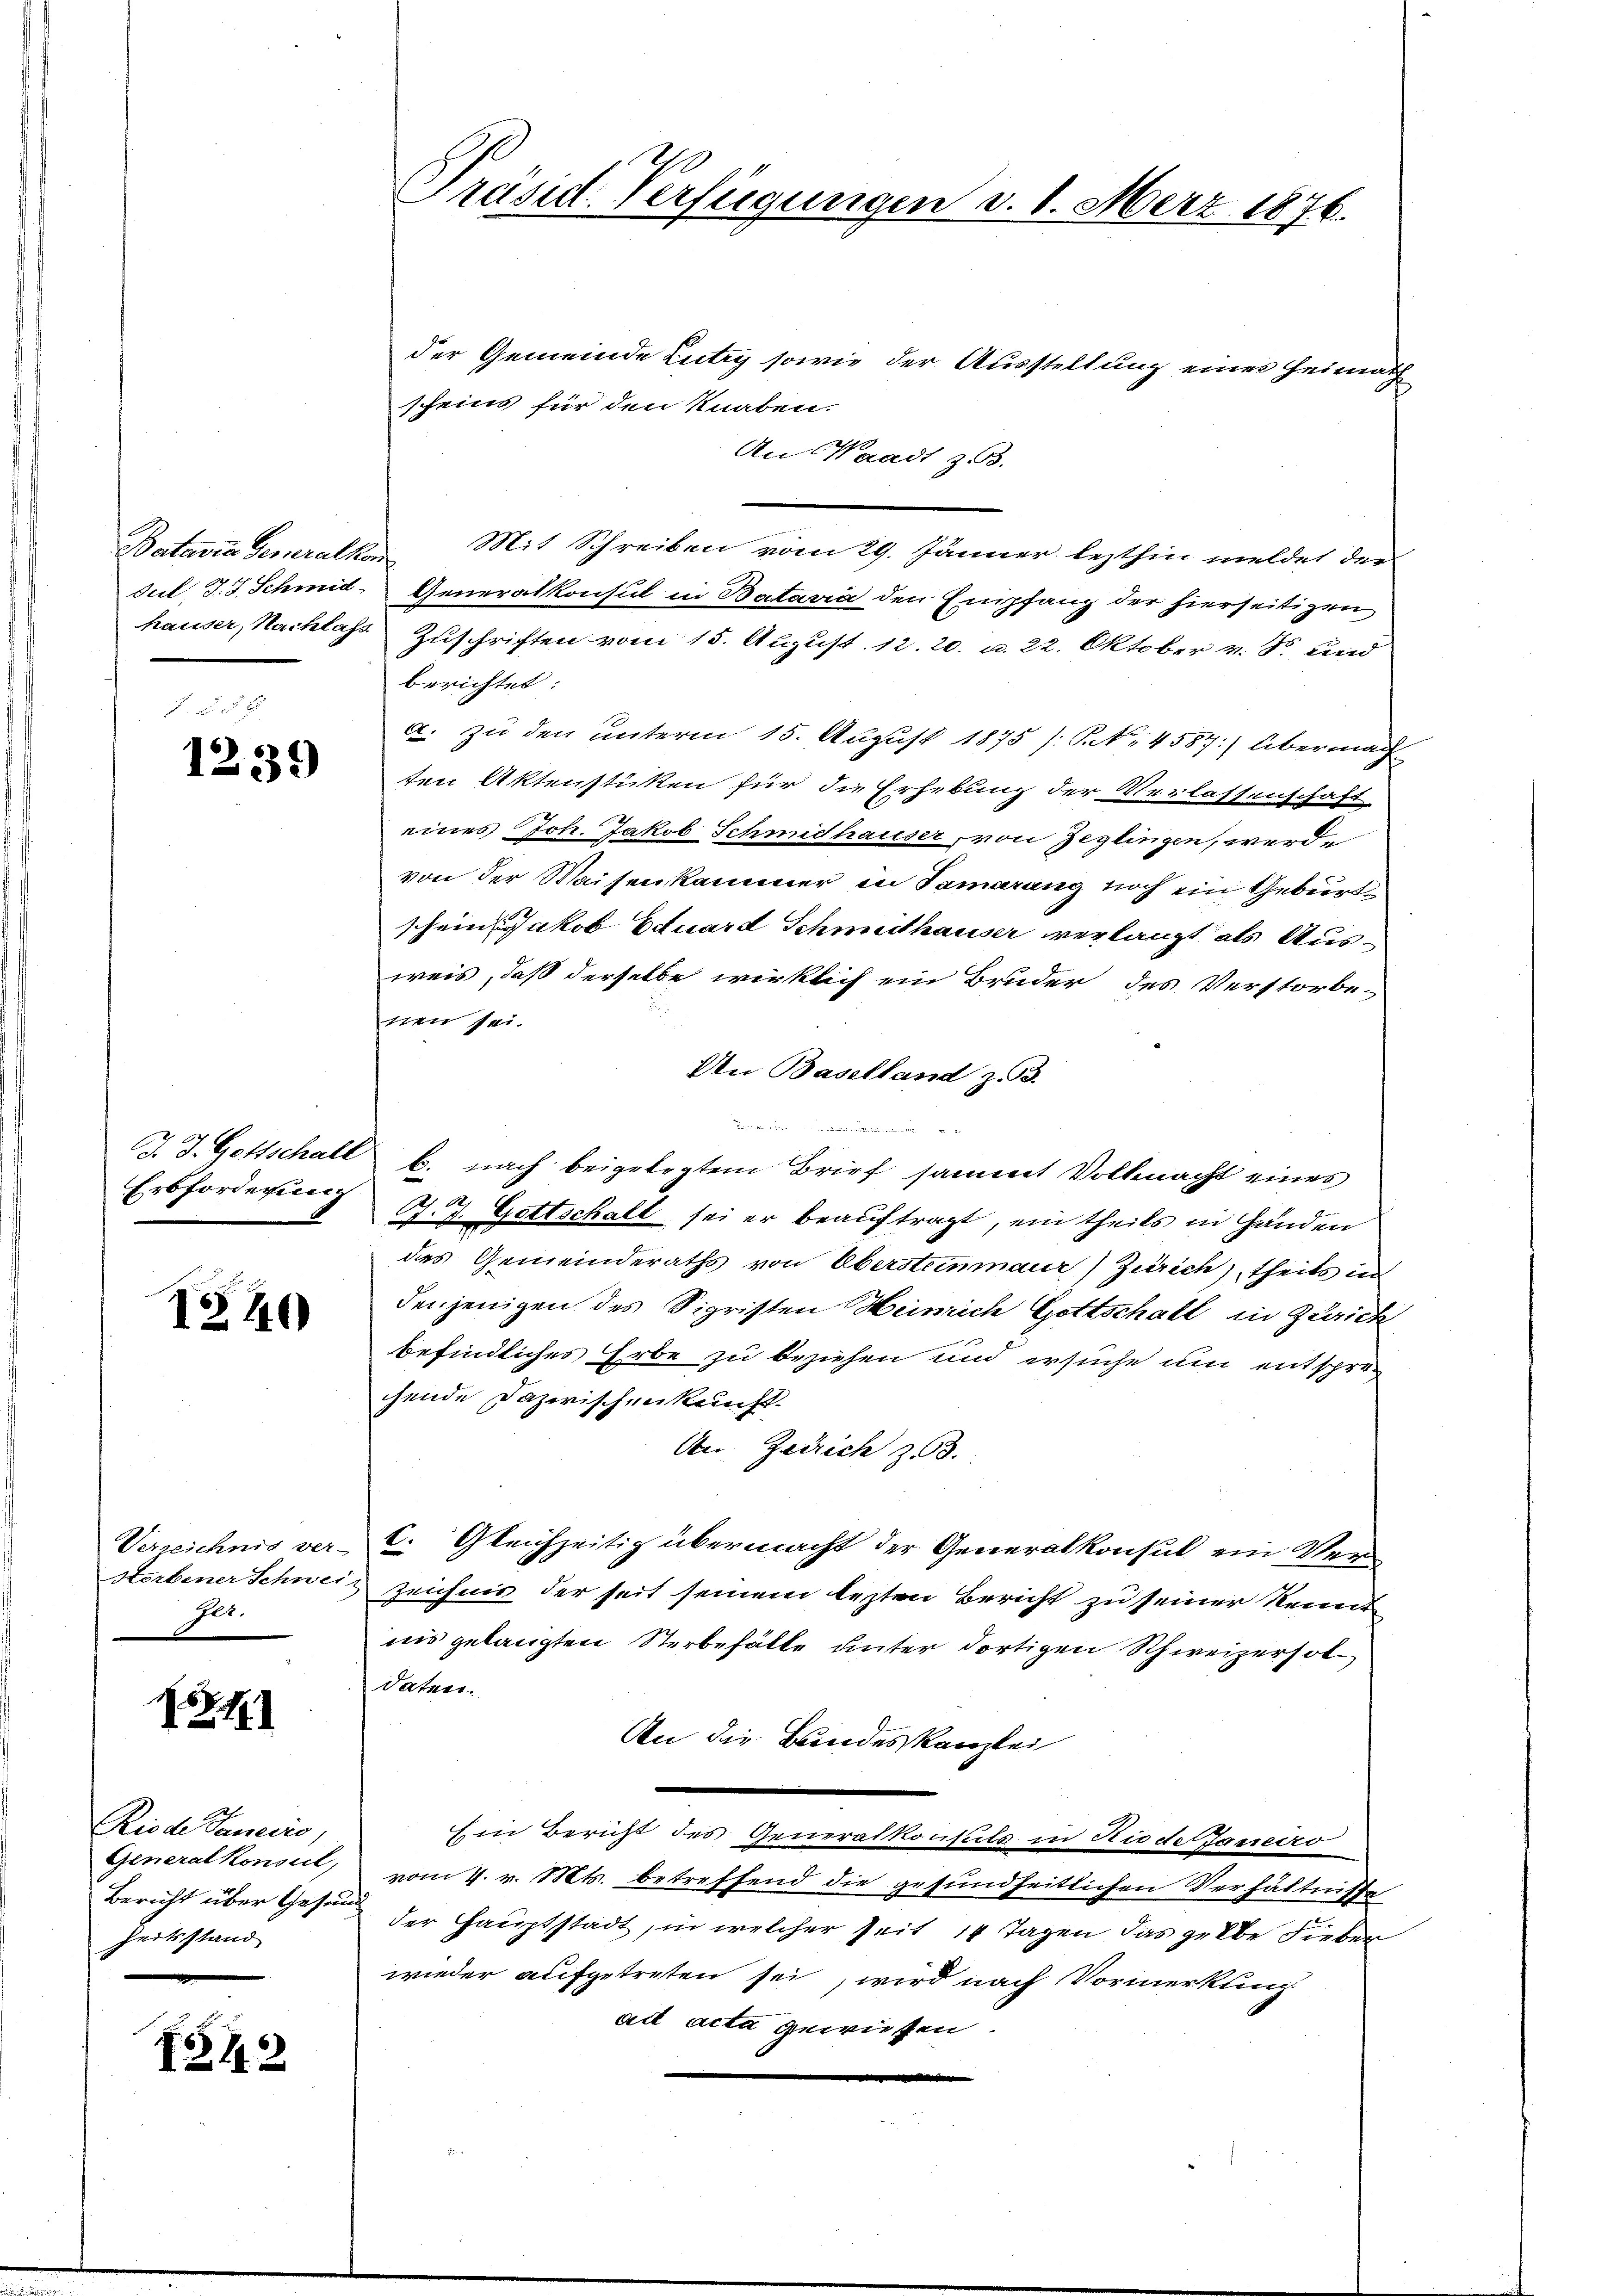
1239

Erbforderung

140

Elt.

I.Z. 11

Riode Janeiro,
Zeitsstand

751

der Gemeinde Lutry sowie der Ausstellung einer Heimath
scheine für den Knaben.
An Waadt z. B.
Batavia Generathe Mit Schreiben vom 29. Jänner lezthin meldet der
Jul. J. J. Schmid-Generalkonsul in Batavia den Empfang der hierseitigen
hauser, Nachlass Zuschriften vom 15. August. 12. 20. d. 22. Oktober v. S. und
berichtet:
a. zu den unterm 15. August 1875 /: No 4587:) Übermach
ten Aktenstüken für die Erhebung der Verlassenschaft
eines Joh. Jakob Schmidhauser, von Jeglingen, werde
von der Waisenkammer in Samarang noch ein Geburt
schein Jakob Eduard Schmidthauser verlangt als Ausweis, daß derselbe wirklich ein Bruder des Verstorbe-
nen sei.
Un Baselland z. B.
richt in die
J. J. Gottschall b. nach beigelegtem Brief sammt Vollmacht eines
J. J. Gottschalt sei er beauftragt, ein theils in Händen
des Gemeinderaths von Übersteinmaur) Zürich), theils in
denjenigen des Sigristen Heinrich Gottschaft in Zürich
befindliches Erbe zu beziehen und ersuche um entsprechende Dazwischenkunft.
An Zürich zu
Verzeichnis ver- C. Gleichzeitig übermacht der Generalkonsul ein Verstorbener Schweiz zeichnis der seit seinem lezten Bericht zu seiner Rennt
nis gelangten Sterbefälle unter dortigen Schweizerhol
daten.
An die Bundeskanzlei
¬
Ein Beruht des Generalkonsuls in Riede Janeiro
Generalkonseil, vom 7. v. Mts. betreffend die gesundheitlichen Verhältnisse
Bericht über Gesinn der Hauptstadt, in welcher seit 14 Tagen das gelbe Fieber
wieder aufgetreten sei, wird nach Vormerkung
ad acta gewiesen.

Präsid. Verfügungen v. 1. März 1876.